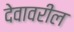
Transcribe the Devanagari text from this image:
देवावरील